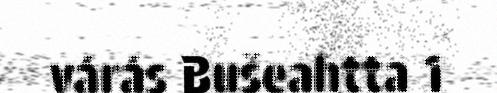
várás Bušeahtta 1